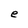
Character: e